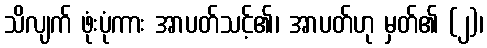
သိလျက် ဖုံးပုံကား အာပတ်သင့်၏၊ အာပတ်ဟု မှတ်၏ (၂)၊